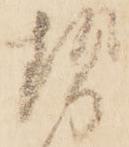
勢